Civil Veterinary Department. Central Provinces & Berar 1925-31 - 1925-1931
Year: 1925
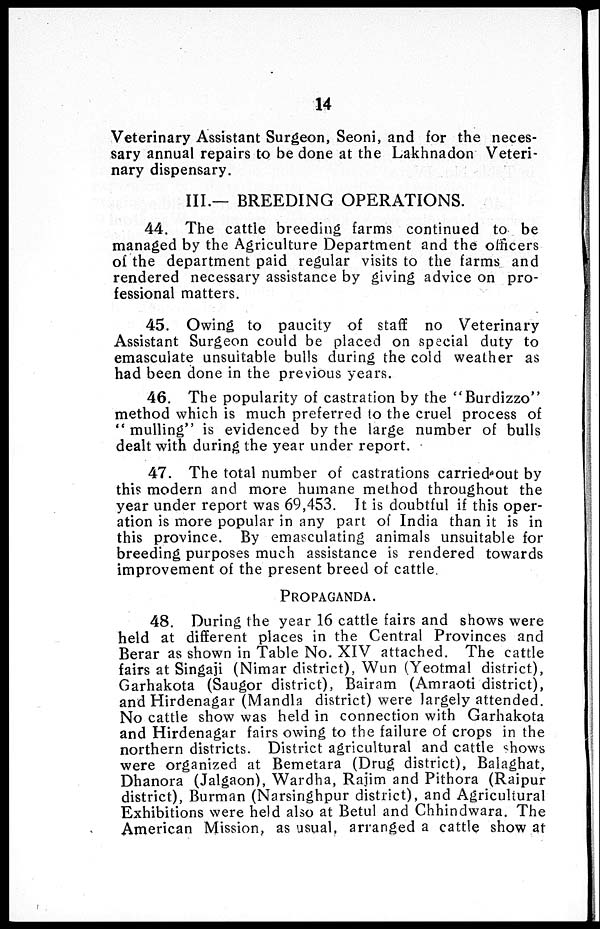
14
Veterinary Assistant Surgeon, Seoni, and for the neces-
sary annual repairs to be done at the Lakhnadon Veteri-
nary dispensary.
III.— BREEDING OPERATIONS.
44. The cattle breeding farms continued to be
managed by the Agriculture Department and the officers
of the department paid regular visits to the farms and
rendered necessary assistance by giving advice on pro-
fessional matters.
45. Owing to paucity of staff no Veterinary
Assistant Surgeon could be placed on special duty to
emasculate unsuitable bulls during the cold weather as
had been done in the previous years.
46. The popularity of castration by the "Burdizzo"
method which is much preferred to the cruel process of
"mulling" is evidenced by the large number of bulls
dealt with during the year under report.
47. The total number of castrations carried out by
this modern and more humane method throughout the
year under report was 69,453. It is doubtful if this oper-
ation is more popular in any part of India than it is in
this province. By emasculating animals unsuitable for
breeding purposes much assistance is rendered towards
improvement of the present breed of cattle
PROPAGANDA.
48. During the year 16 cattle fairs and shows were
held at different places in the Central Provinces and
Berar as shown in Table No. XIV attached. The cattle
fairs at Singaji (Nimar district), Wun (Yeotmal district),
Garhakota (Saugor district), Bairam (Amraoti district),
and Hirdenagar (Mandla district) were largely attended.
No cattle show was held in connection with Garhakota
and Hirdenagar fairs owing to the failure of crops in the
northern districts. District agricultural and cattle shows
were organized at Bemetara (Drug district), Balaghat,
Dhanora (Jalgaon), Wardha, Rajim and Pithora (Raipur
district), Burman (Narsinghpur district), and Agricultural
Exhibitions were held also at Betul and Chhindwara. The
American Mission, as usual, arranged a cattle show at